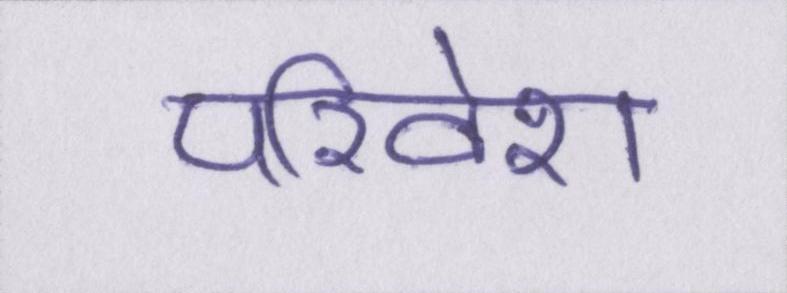
परिवेश